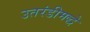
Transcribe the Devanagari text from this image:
उतरंडीमद्धे